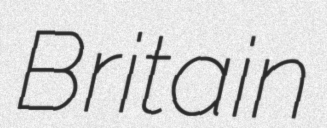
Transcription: Britain